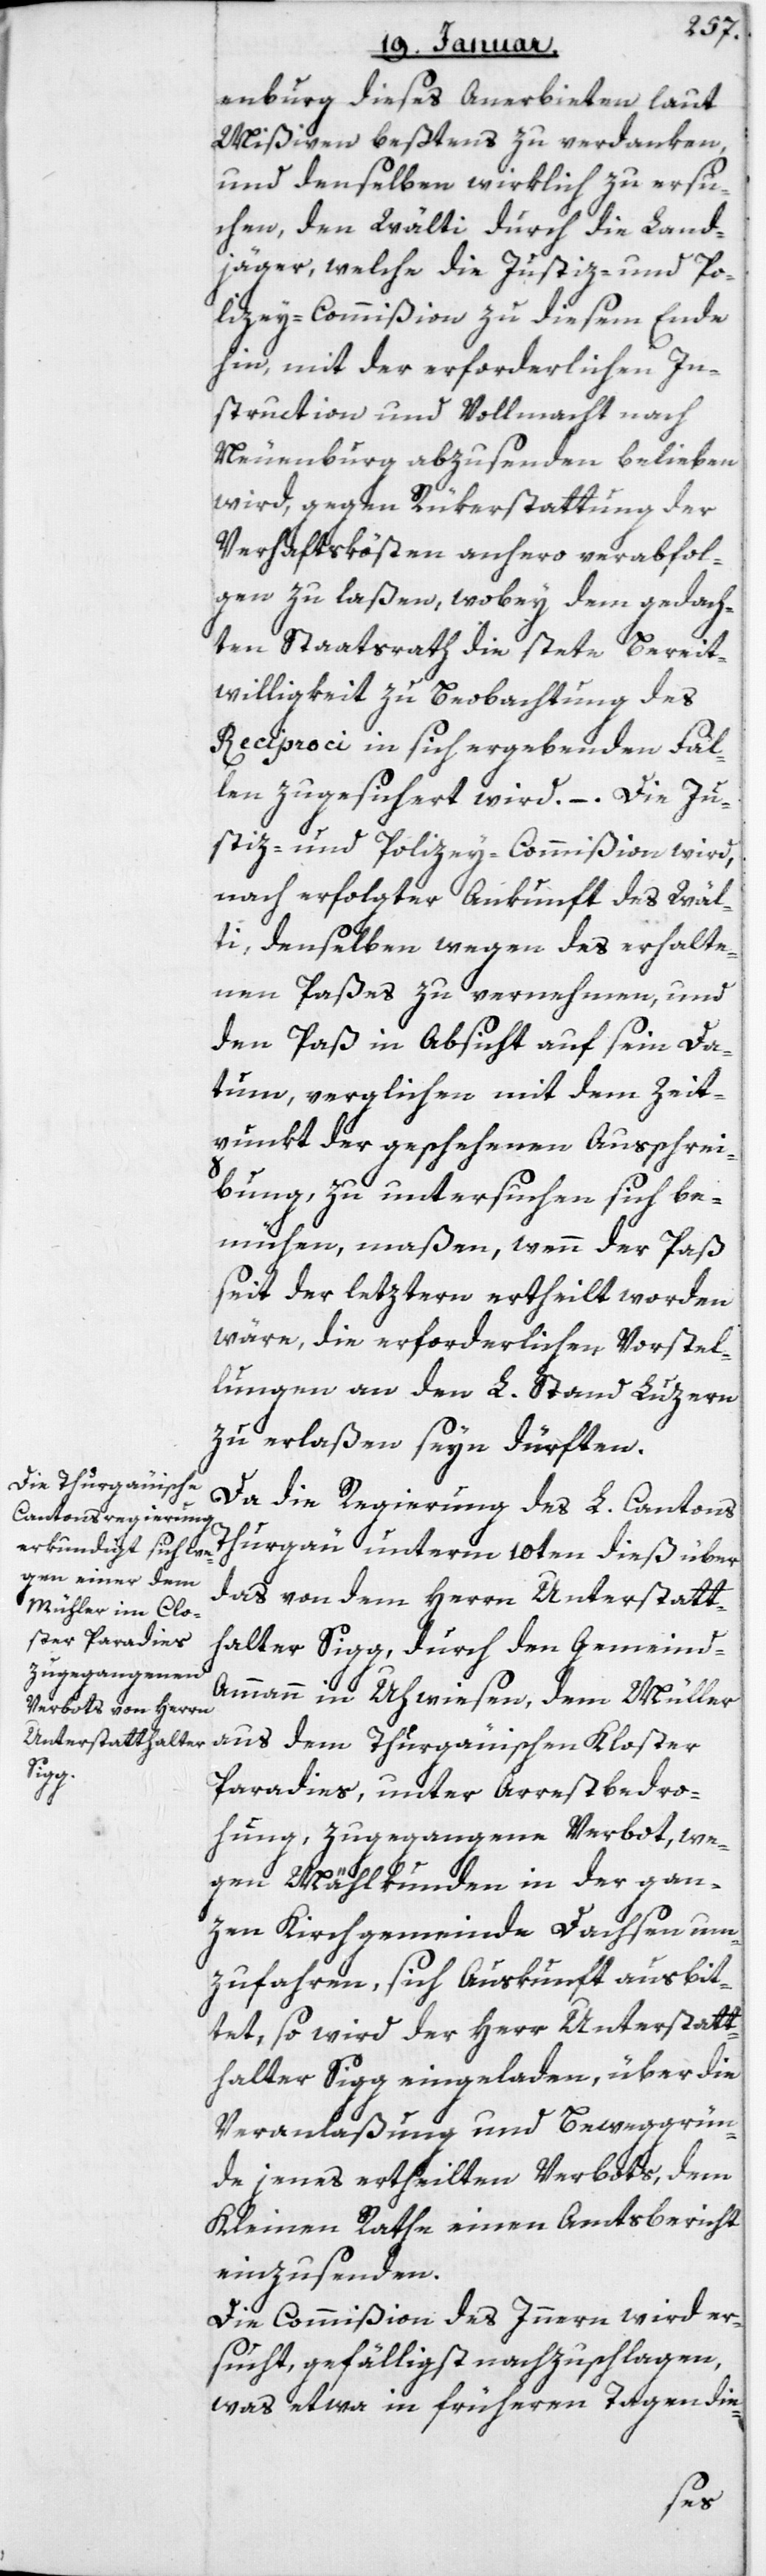
enburg dieses Anerbieten laut
Mißiven bestens zu verdanken,
und denselben wirklich zu ersu¬
chen, den Wälti durch die Land¬
jäger, welche die Justiz- und Po¬
lizey-Commißion zu diesem Ende
hin, mit der erforderlichen In¬
struction und Vollmacht nach
Neuenburg abzusenden belieben
wird, gegen Rükerstattung der
Verhaftskösten anhero verabfol¬
gen zu laßen, wobey dem gedach¬
ten Staatsrath die stete Bereit¬
willigkeit zu Beobachtung des
Reciproci in sich ergebenden Fäl¬
len zugesichert wird. – Die Ju¬
stiz- und Polizey-Commißion wird,
nach erfolgter Ankunft des Wäl¬
ti, denselben wegen des erhalte¬
nen Paßes zu vernehmen, und
den Paß in Absicht auf sein Da¬
tum, verglichen mit dem Zeit¬
punkt der geschehenen Ausschrei¬
bung, zu untersuchen sich be¬
mühen, maßen, wenn der Paß
seit der Letztern ertheilt worden
wäre, die erforderlichen Vorstel¬
lungen an den L. Stand Luzern
zu erlaßen seyn dürften.
Da die Regierung des L. Cantons
Thurgau unterm 10ten dieß über
das von dem Herrn Unterstatt¬
halter Sigg, durch den Gemeind-A¬
mmann in Uhwiesen, dem Müller
aus dem Thurgauischen Kloster
Paradies, unter Arrestbedro¬
hung, zugegangene Verbot, we¬
gen Mählkunden in der gan¬
zen Kirchgemeinde Dachsen um
zu fahren, sich Auskunft ausbit¬
tet, so wird der Herr Unterstatt¬
halter Sigg eingeladen, über die
Veranlaßung und Beweggrün¬
de jenes ertheilten Verbots, dem
Kleinen Rathe einen Amtsbericht
einzusenden.
Die Commißion des Innern wird er¬
sucht, gefälligst nachzuschlagen,
was etwa in früheren Tagen die-